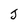
Character: J